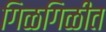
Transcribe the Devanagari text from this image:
गिळगिळीत